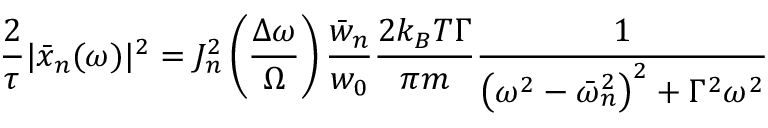
\frac { 2 } { \tau } | \bar { x } _ { n } ( \omega ) | ^ { 2 } = J _ { n } ^ { 2 } \left( \frac { \Delta \omega } { \Omega } \right) \frac { \bar { w } _ { n } } { w _ { 0 } } \frac { 2 k _ { B } T \Gamma } { \pi m } \frac { 1 } { \left( \omega ^ { 2 } - \bar { \omega } _ { n } ^ { 2 } \right) ^ { 2 } + \Gamma ^ { 2 } \omega ^ { 2 } }